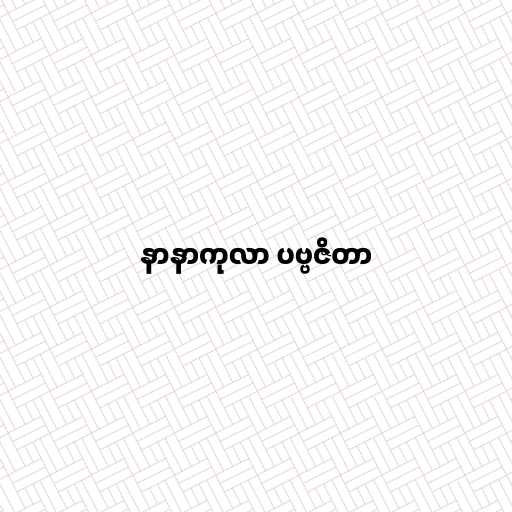
နာနာကုလာ ပဗ္ဗဇိတာ